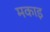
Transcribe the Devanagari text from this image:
मकाइ